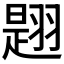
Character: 𦑡